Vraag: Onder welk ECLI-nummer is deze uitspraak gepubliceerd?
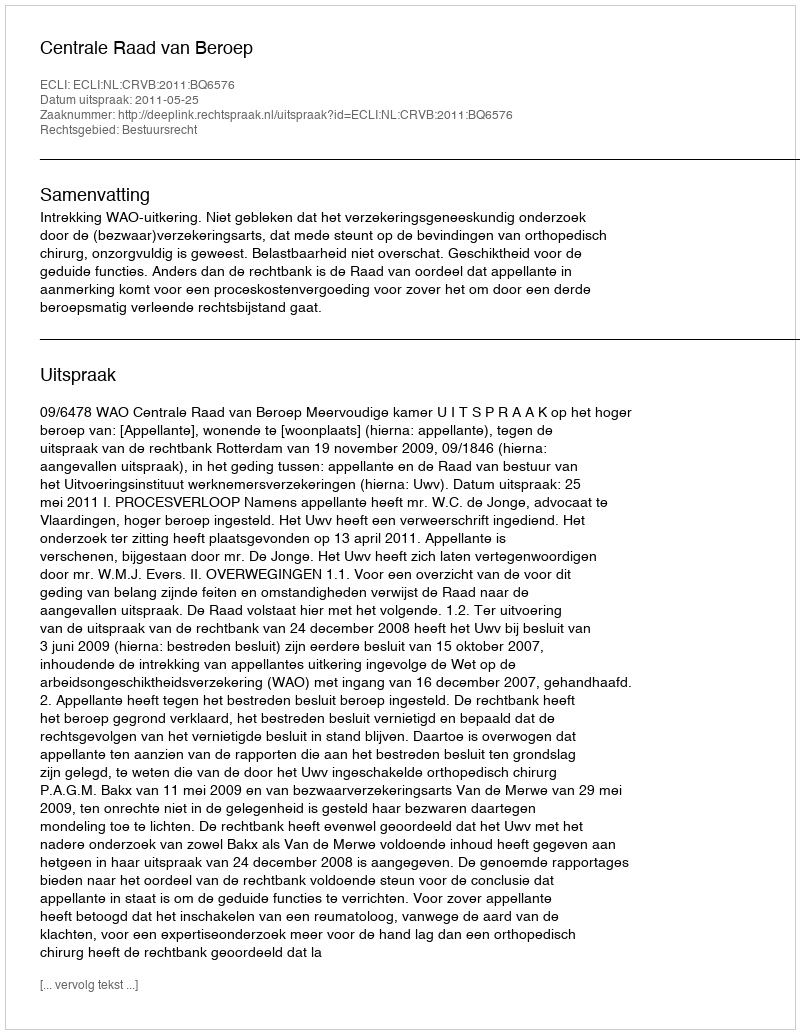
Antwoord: ECLI:NL:CRVB:2011:BQ6576